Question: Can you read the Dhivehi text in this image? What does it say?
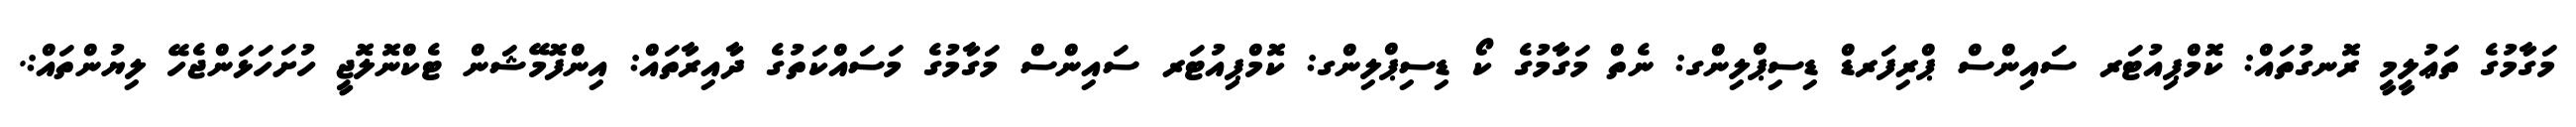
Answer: މަގާމުގެ ތަޢުލީމީ ރޮނގުތައް: ކޮމްޕިއުޓަރ ސައިންސް ޕްރިފަރޑް ޑިސިޕްލިންގ: ނެތް މަގާމުގެ ކޯ ޑިސިޕްލިންގ: ކޮމްޕިއުޓަރ ސައިންސް މަގާމުގެ މަސައްކަތުގެ ދާއިރާތައް: އިންފޮމޭޝަން ޓެކްނޮލޮޖީ ހުށަހަޅަންޖެހޭ ލިޔުންތައް:.